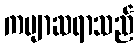
ကဗျာဆရာသည်